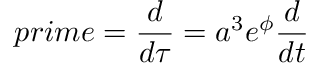
p r i m e = \frac { d } { d \tau } = a ^ { 3 } e ^ { \phi } \frac { d } { d t }